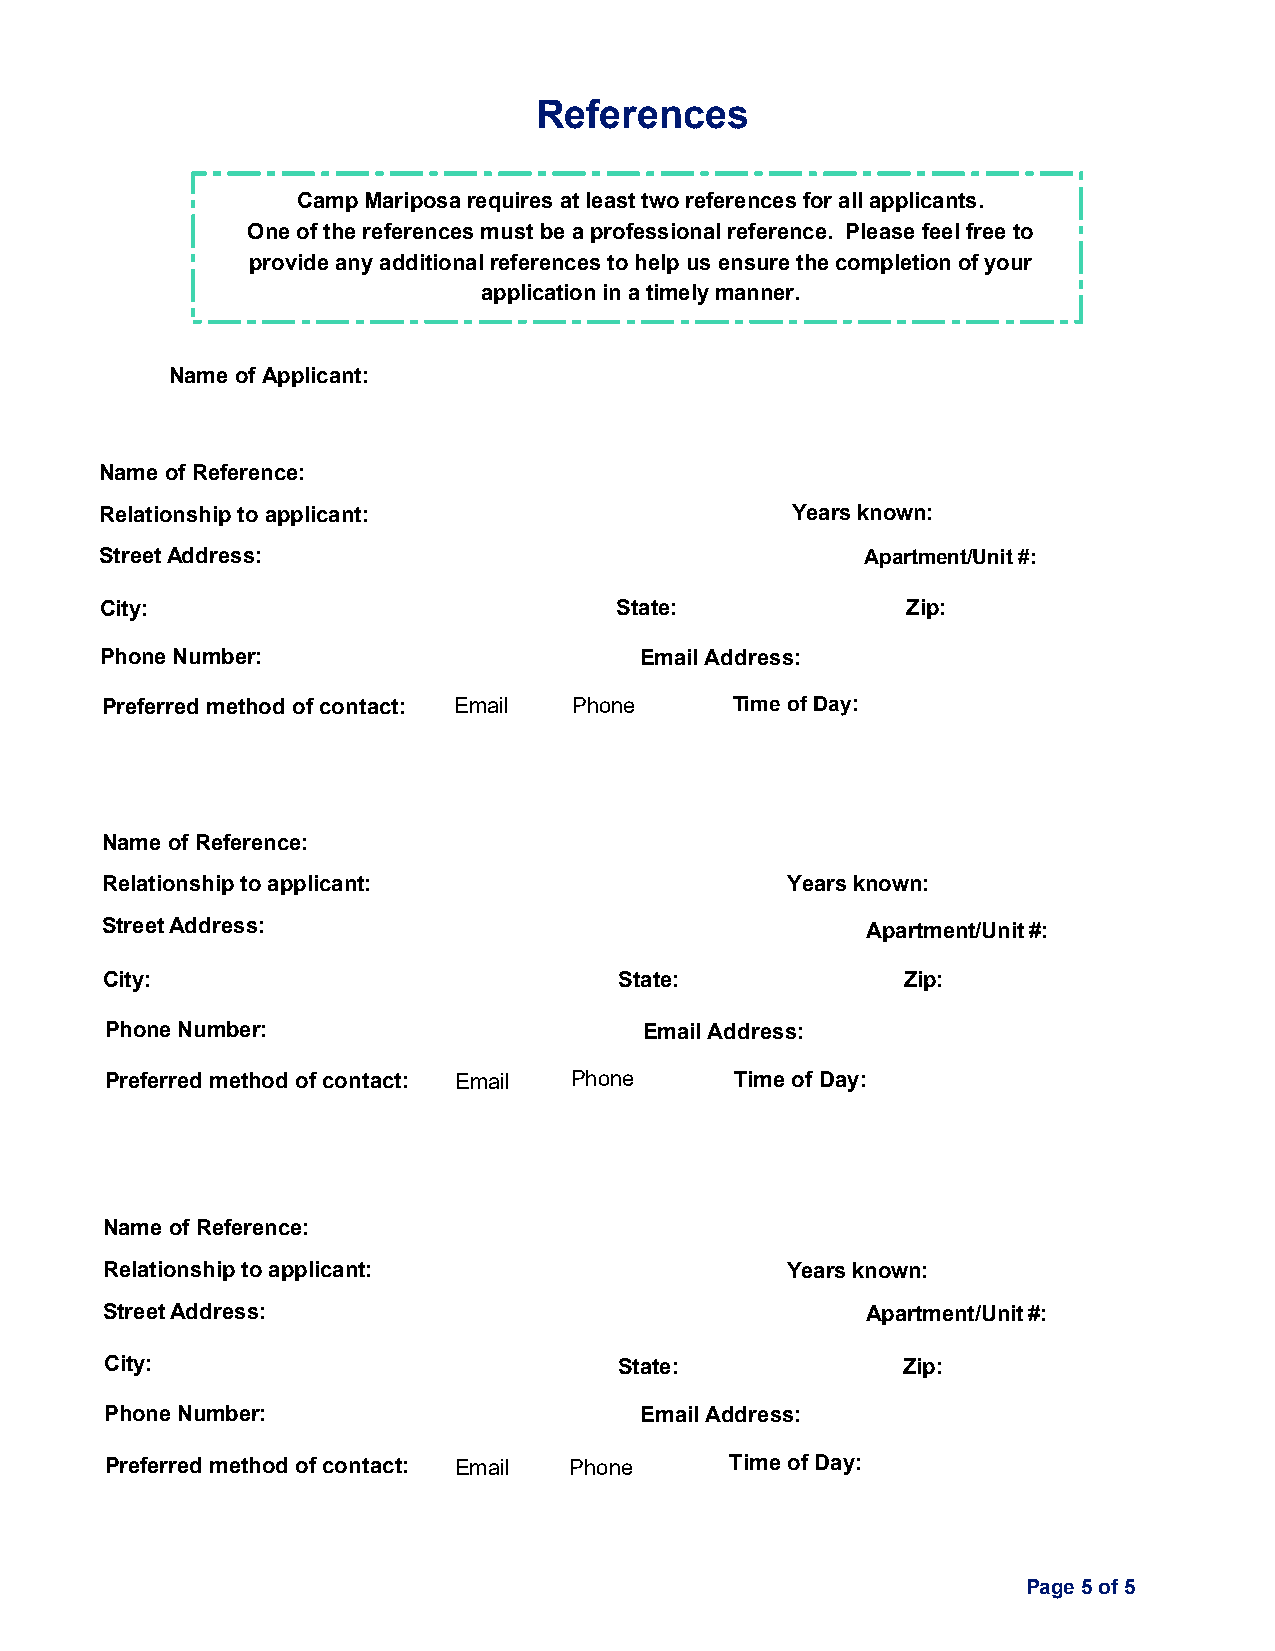
References
 Camp Mariposa requires at least two references for all applicants.
 One of the references must be a professional reference. Please feel free to
 provide any additional references to help us ensure the completion of your
 application in a timely manner.
 Name of Applicant:
 Name of Reference:
 Relationship to applicant:                   Years known:
 Street Address:                                   Apartment/Unit #:
 City:                             State:             Zip:
 Phone Number:                      Email Address:
 Preferred method of contact: Email Phone  Time of Day:
 Name of Reference:
 Relationship to applicant:                   Years known:
 Street Address:                                   Apartment/Unit #:
 City:                             State:             Zip:
 Phone Number:                       Email Address:
 Preferred method of contact: Email Phone  Time of Day:
 Name of Reference:
 Relationship to applicant:                   Years known:
 Street Address:                                   Apartment/Unit #:
 City:                             State:             Zip:
 Phone Number:                      Email Address:
 Preferred method of contact: Email Phone Time of Day:
 Page 5 of 5